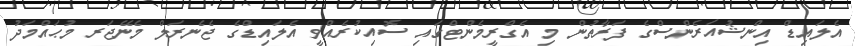
އެލައިޑް އިންޝުއަރެންސްގެ ފަރާތުން މި އެގްރީމެންޓްގައި ސޮއިކުރެއްވީ އެލައިޑްގެ ޖެނެރަލް މެނޭޖަރ މުޙައްމަދު